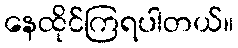
နေထိုင်ကြရပါတယ်။